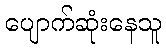
ပျောက်ဆုံးနေသူ